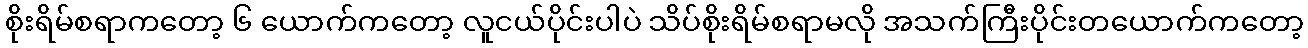
စိုးရိမ်စရာကတော့ ၆ ယောက်ကတော့ လူငယ်ပိုင်းပါပဲ သိပ်စိုးရိမ်စရာမလို အသက်ကြီးပိုင်းတယောက်ကတော့